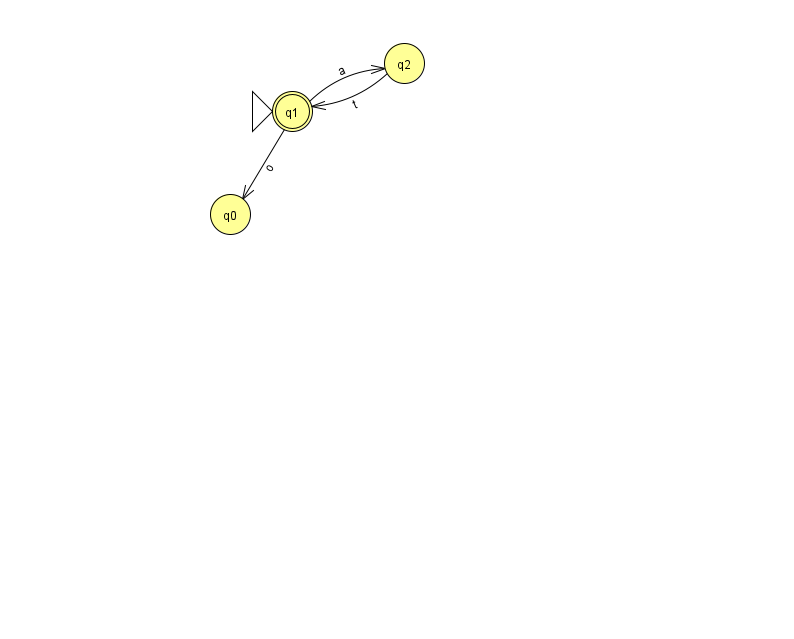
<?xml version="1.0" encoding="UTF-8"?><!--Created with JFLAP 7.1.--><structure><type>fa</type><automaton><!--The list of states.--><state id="0" name="q0"><x>230.0</x><y>201.0</y></state><state id="1" name="q1"><x>292.0</x><y>98.0</y><initial/><final/></state><state id="2" name="q2"><x>404.0</x><y>50.0</y></state><!--The list of transitions.--><transition><from>1</from><to>0</to><read>o</read></transition><transition><from>2</from><to>1</to><read>t</read></transition><transition><from>1</from><to>2</to><read>a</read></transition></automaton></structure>